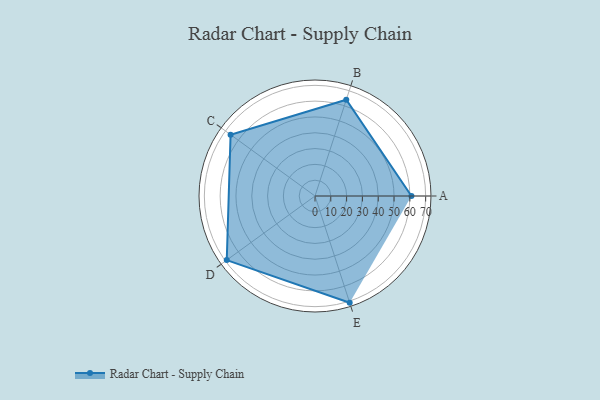
{"axis": {"x": "Skill", "y": "Score"}, "legend": ["Profile"], "data": [{"x": "A", "y": 61.0, "type": "Profile"}, {"x": "B", "y": 64.0, "type": "Profile"}, {"x": "C", "y": 66.0, "type": "Profile"}, {"x": "D", "y": 69.0, "type": "Profile"}, {"x": "E", "y": 71.0, "type": "Profile"}]}